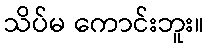
သိပ်မ ကောင်းဘူး။